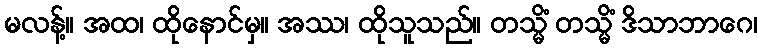
မလန့်။ အထ၊ ထိုနောင်မှ။ အဿ၊ ထိုသူသည်။ တသ္မိံ တသ္မိံ ဒိသာဘာဂေ၊